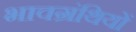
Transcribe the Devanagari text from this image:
भावग्रंथियों